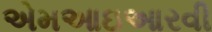
એમઆઇઆરવી